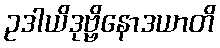
ဥဒါယိဒုဗ္ဗိနောဒယာတိ